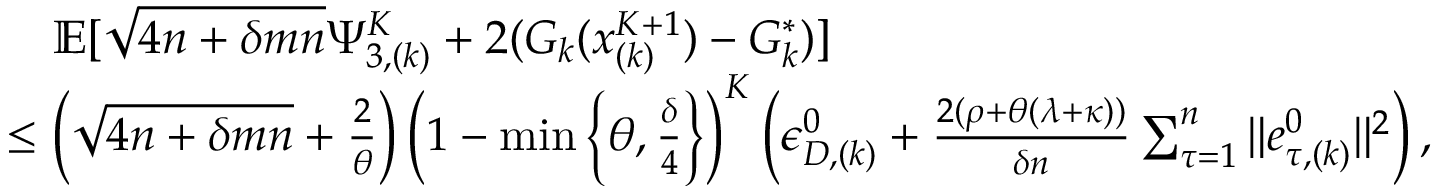
\begin{array} { r l } & { \quad \mathbb { E } [ \sqrt { 4 n + \delta m n } \Psi _ { 3 , ( k ) } ^ { K } + 2 ( G _ { k } ( x _ { ( k ) } ^ { K + 1 } ) - G _ { k } ^ { * } ) ] } \\ & { \leq \left( \sqrt { 4 n + \delta m n } + \frac { 2 } { \theta } \right) \left( 1 - \operatorname* { m i n } \left\{ \theta , \frac { \delta } { 4 } \right\} \right) ^ { K } \left( \epsilon _ { D , ( k ) } ^ { 0 } + \frac { 2 ( \rho + \theta ( \lambda + \kappa ) ) } { \delta n } \sum _ { \tau = 1 } ^ { n } \| e _ { \tau , ( k ) } ^ { 0 } \| ^ { 2 } \right) , } \end{array}